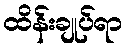
ထိန်းချုပ်ရာ